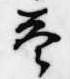
答